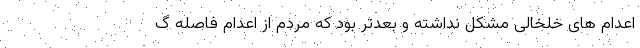
اعدام های خلخالی مشکل نداشته و بعدتر بود که مردم از اعدام فاصله گ